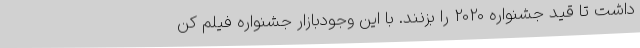
داشت تا قید جشنواره 2020 را بزنند. با این وجودبازار جشنواره فیلم کن